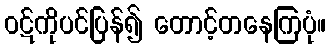
ဝဋ်ကိုပင်ပြန်၍ တောင့်တနေကြပုံ။